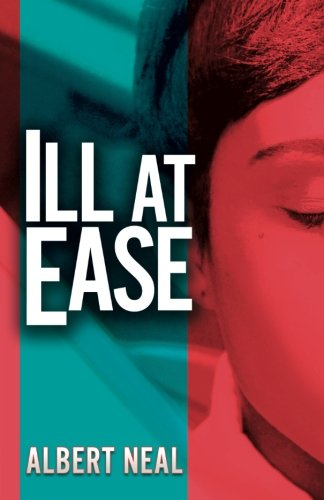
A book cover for Ill At Ease; Albert Neal; Parenting & Relationships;